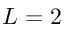
L = 2